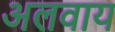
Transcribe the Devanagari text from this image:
अलवाय